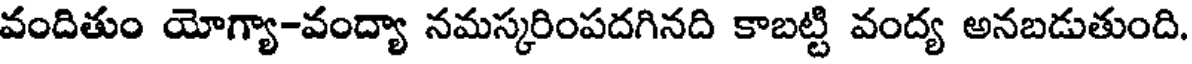
వందితుం యోగ్యా-వంద్యా నమస్కరింపదగినది కాబట్టి వంద్య అనబడుతుంది